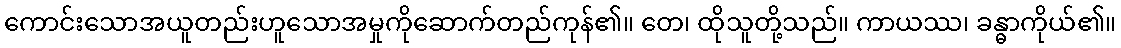
ကောင်းသောအယူတည်းဟူသောအမှုကိုဆောက်တည်ကုန်၏။ တေ၊ ထိုသူတို့သည်။ ကာယဿ၊ ခန္ဓာကိုယ်၏။